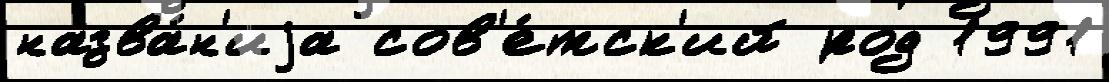
назва́н'иjа сов'е́тск'ий род 1991